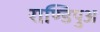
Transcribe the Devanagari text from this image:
राण्डिपुअ